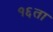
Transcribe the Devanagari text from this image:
१६ता